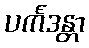
ပင်္ကဒန္တာ